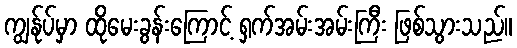
ကျွန်ုပ်မှာ ထိုမေးခွန်းကြောင့် ရှက်အမ်းအမ်းကြီး ဖြစ်သွားသည်။